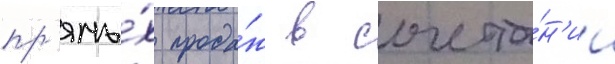
пр'ямы́х прода́ж в сочета́н'ии